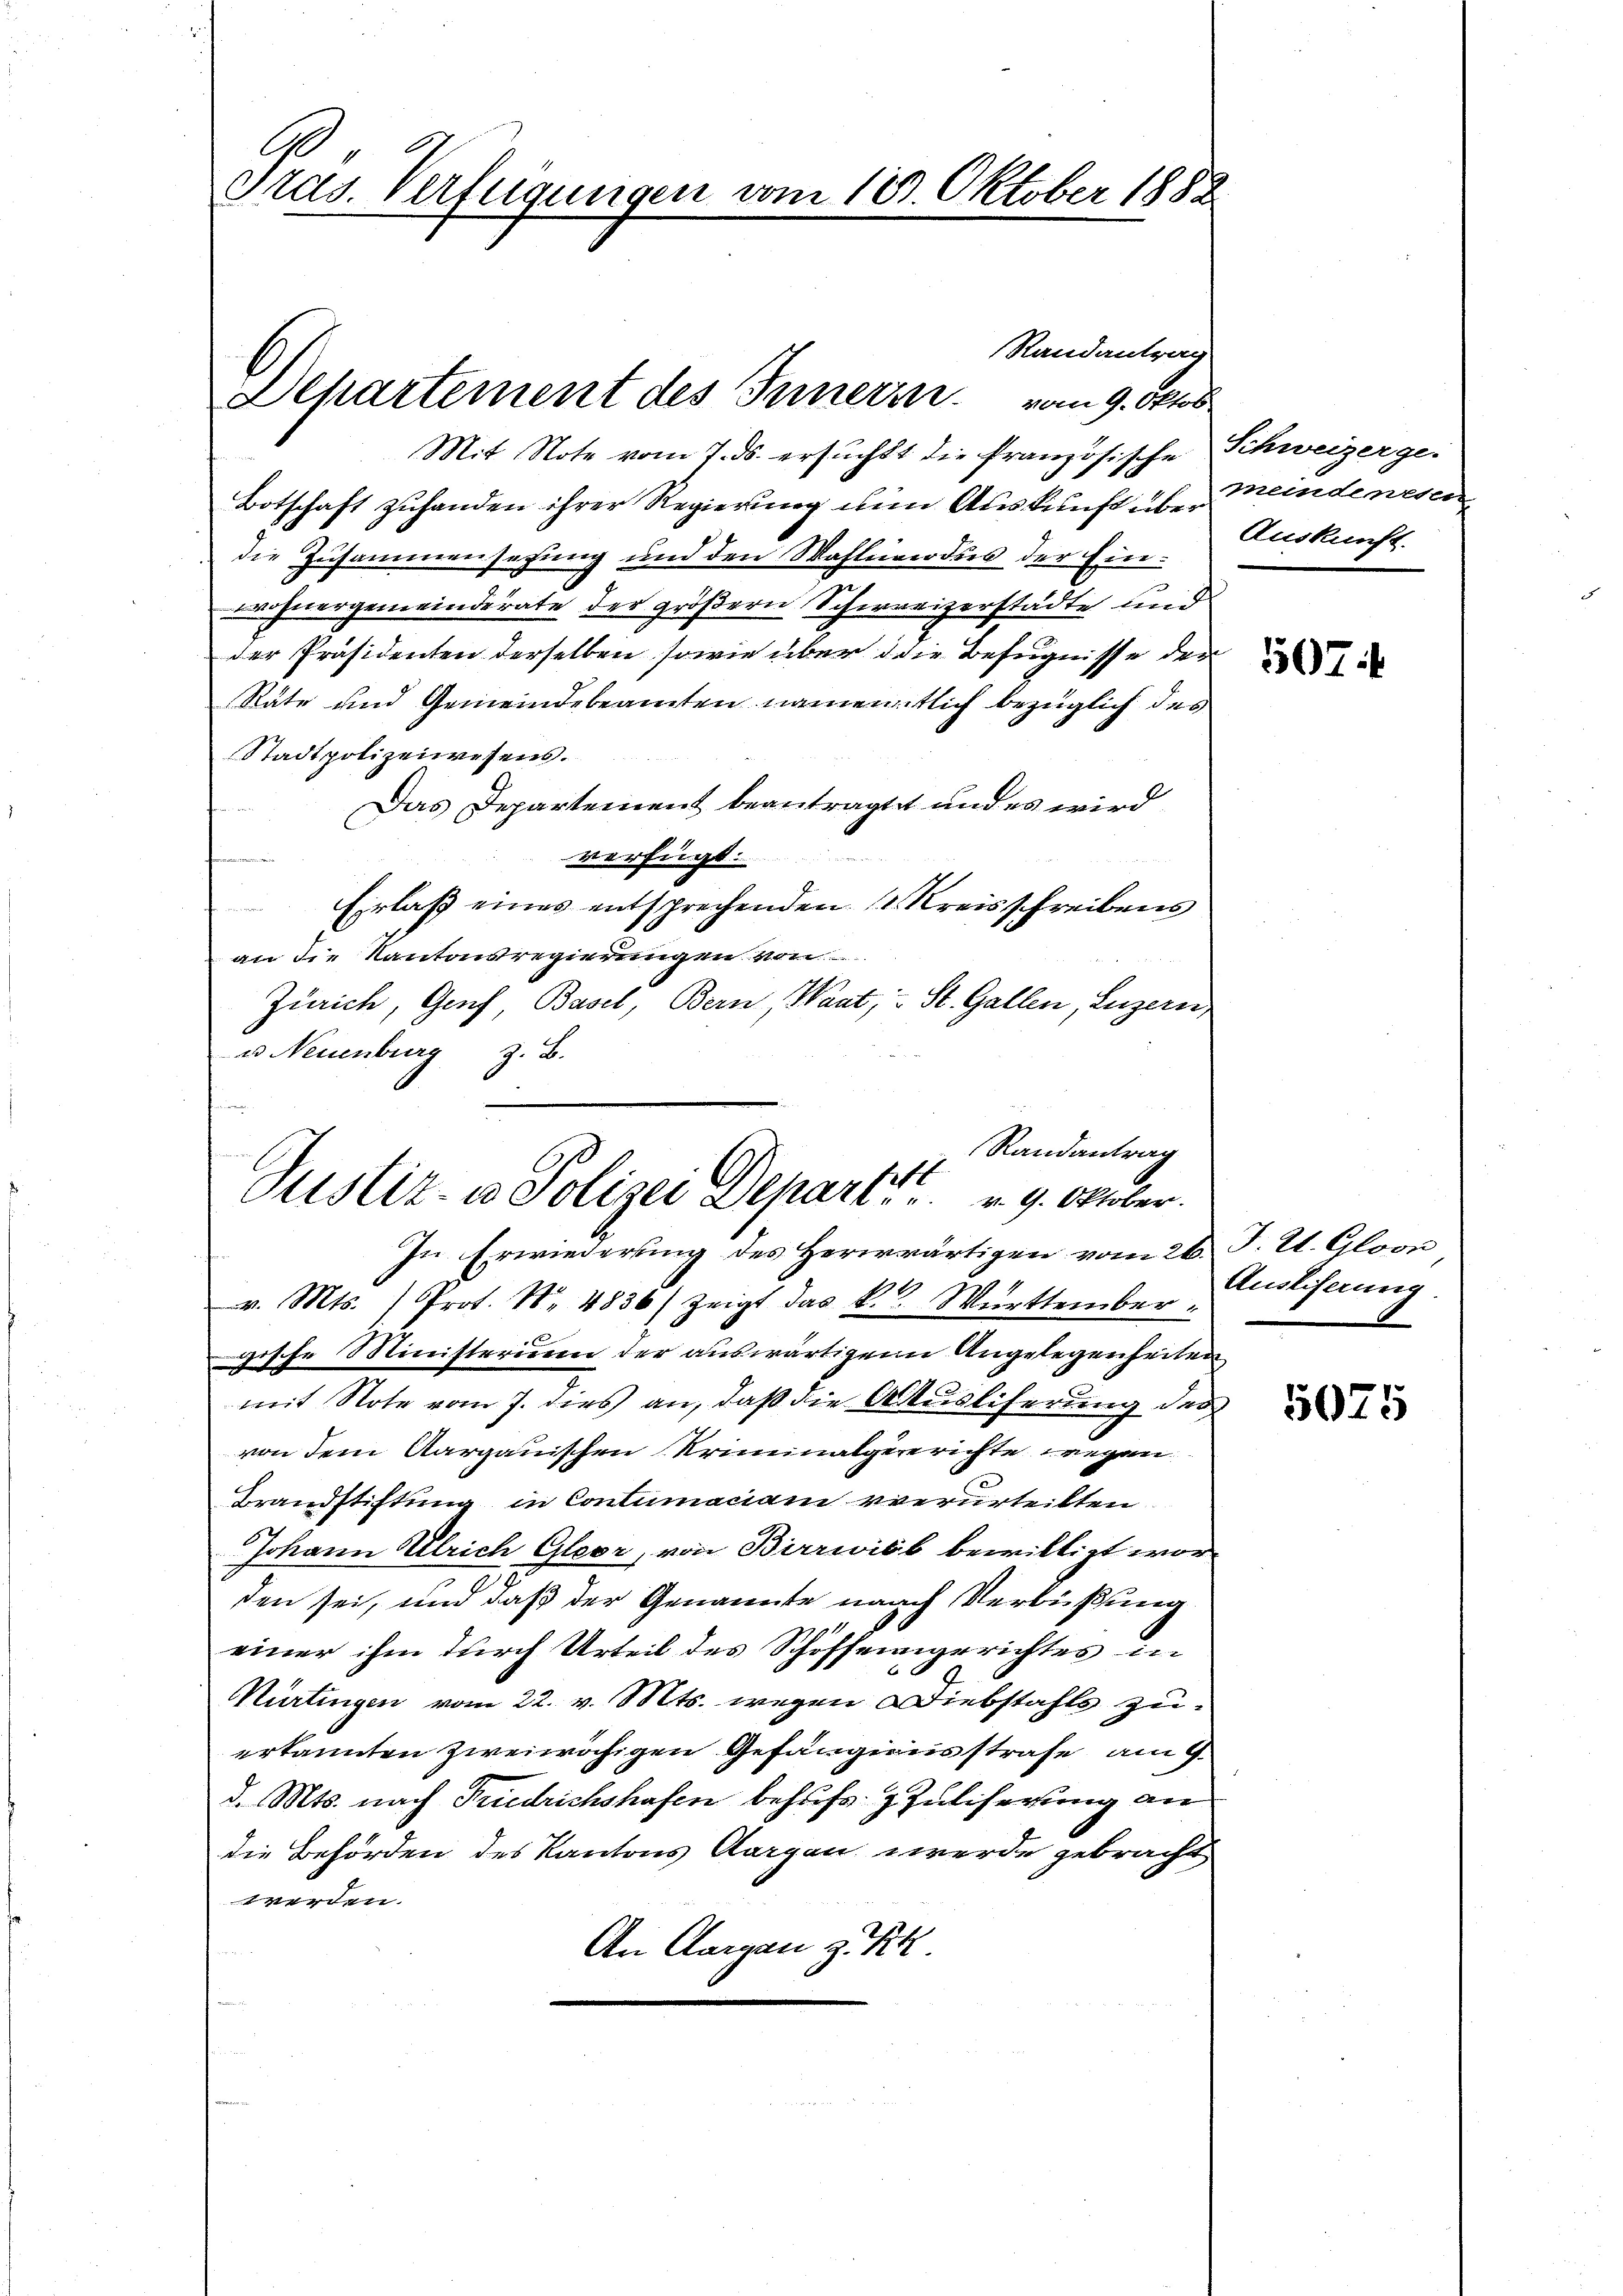
Ge
Gras. Verfügungen vom 18. Oktober 1882

Botschaft zuhanden ihrer Regierung zum Auskunft über meindenesen
die Zusammensehung und den Wahlandus der Einwohnergemeinderate der größern Schweizerstädte und
der Präsidenten derselben sowie über die Befugnisse der
Räte und Gemeindebeamten namentlich bezüglich des
Stadtpolizeiwesens.
Das Departement beantragtet und es wird
verfügt:

Erlaß eines entsprechenden 1. Kreisschreibens
an die Kantonsregierungen von
Zürich, Genf, Basel, Bern, Want, u St. Gallen, Luzern
u Neuenburg z. B.

Randantrag
Departement des Innern vom 9. Oktob
Mit Note vom 7. ds. ersucht die französische Schweizerge-

Randantrag
1
Justiz- u Polizei Depari, u. v. 9. Oktober.

In Erwiederung des Herrrwärtigen vom 26. J. Lt. Gloon
v. Mts. Prot. Nr. 4836) zeigt das k.k. Württember-
gische Ministerium der auswärtigen Angelegenheiten
mit Note vom 7. dies an, daß die Ausliferung des
von dem Aargauischen Kriminalgegerichte wegen
Brandstiftung in Contumaciam verurteilten
Johann Ulrich Gloor, von Birrwiéb bewilligt worden sei, und daß der Genannte nach Verbüßung
einer ihm durch Urteil des Schöffengerichtes in
t
Kürtingen vom 22. v. Mts. wegen Diebstahls zu
erkannten zweiwähigen Gefängnisstrafe am 9.
d. Mts. nach Friedrichshafen behufs Zuliserung an
die Behörden des Kantons Aargau werde gebracht
werden.
An Aargau zu Pr

Auskunft.

507

Ausliserung

5075